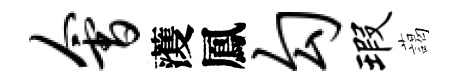
会𮑮鳳勾瑕藹